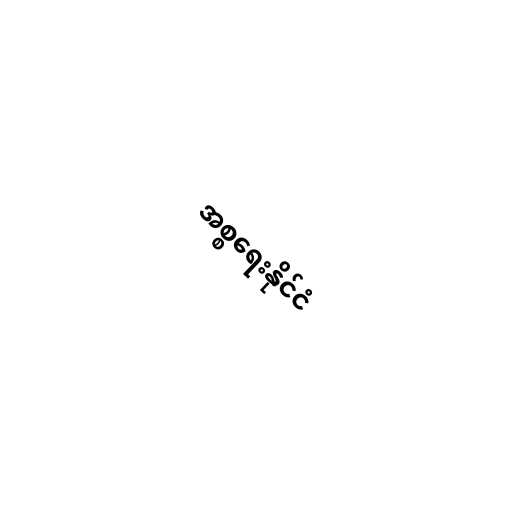
အစ္စရေးနိုင်ငံ